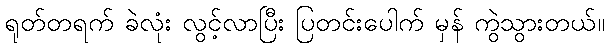
ရုတ်တရက် ခဲလုံး လွင့်လာပြီး ပြတင်းပေါက် မှန် ကွဲသွားတယ်။